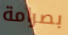
بصرامة